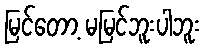
မြင်တော့ မမြင်ဘူးပါဘူး